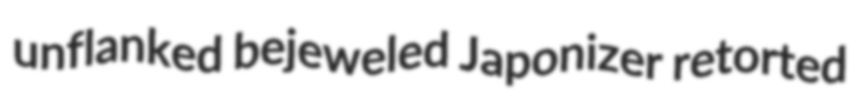
unflanked bejeweled Japonizer retorted